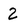
Character: 2